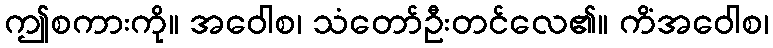
ဤစကားကို။ အဝေါစ၊ သံတော်ဦးတင်လေ၏။ ကိံအဝေါစ၊